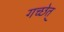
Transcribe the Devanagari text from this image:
गच्छेत्‌